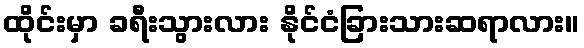
ထိုင်းမှာ ခရီးသွားလား နိုင်ငံခြားသားဆရာလား။